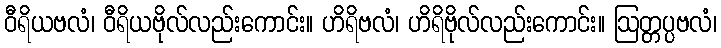
ဝီရိယဗလံ၊ ဝီရိယဗိုလ်လည်းကောင်း။ ဟိရိဗလံ၊ ဟိရိဗိုလ်လည်းကောင်း။ ဩတ္တပ္ပဗလံ၊